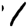
Digit: 1